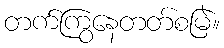
တက်ကြွနေတတ်စမြဲ။